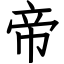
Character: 帝